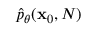
\hat { p } _ { \boldsymbol { \theta } } ( \mathbf { x } _ { 0 } , N )